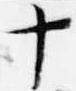
十